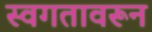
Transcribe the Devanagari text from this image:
स्वगतावरून